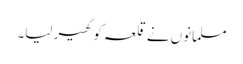
مسلمانوں نے قلعہ کو گھیر لیا۔